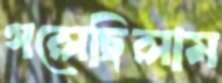
গলেছিলাম